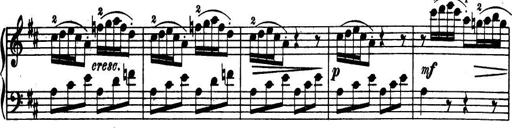
Title: 32 Sonatinas and Rondos for the Piano
Composer: Richard Kleinmichel